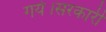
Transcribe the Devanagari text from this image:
गये।सरकारी